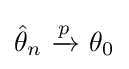
{\hat {\theta }}_{n}\ {\xrightarrow {\overset {}{p}}}\ \theta _{0}